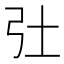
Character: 𢎳